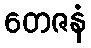
တေဇနံ